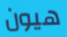
هيون